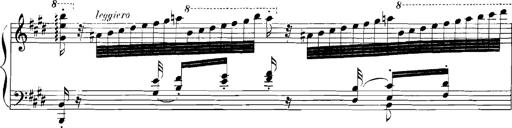
Title: Rhapsodies hongroises
Composer: Franz Liszt